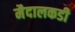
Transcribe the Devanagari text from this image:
मैदालकडी